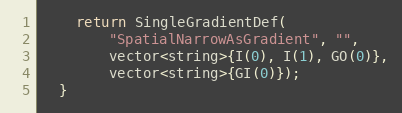
Language: C++
    return SingleGradientDef(
        "SpatialNarrowAsGradient", "",
        vector<string>{I(0), I(1), GO(0)},
        vector<string>{GI(0)});
  }